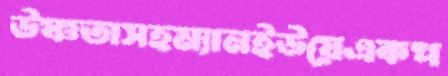
উষ্ণতাসহম্যানইউয়েএকপ